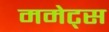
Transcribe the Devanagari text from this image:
ममेट्स